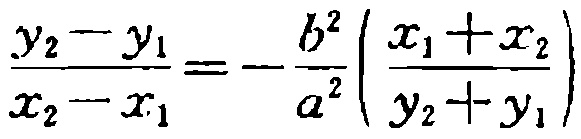
\(\frac{y_{2}-y_{1}}{x_{2}-x_{1}}=-\frac{b^{2}}{a^{2}}\left(\frac{x_{1}+x_{2}}{y_{2}+y_{1}}\right)\)